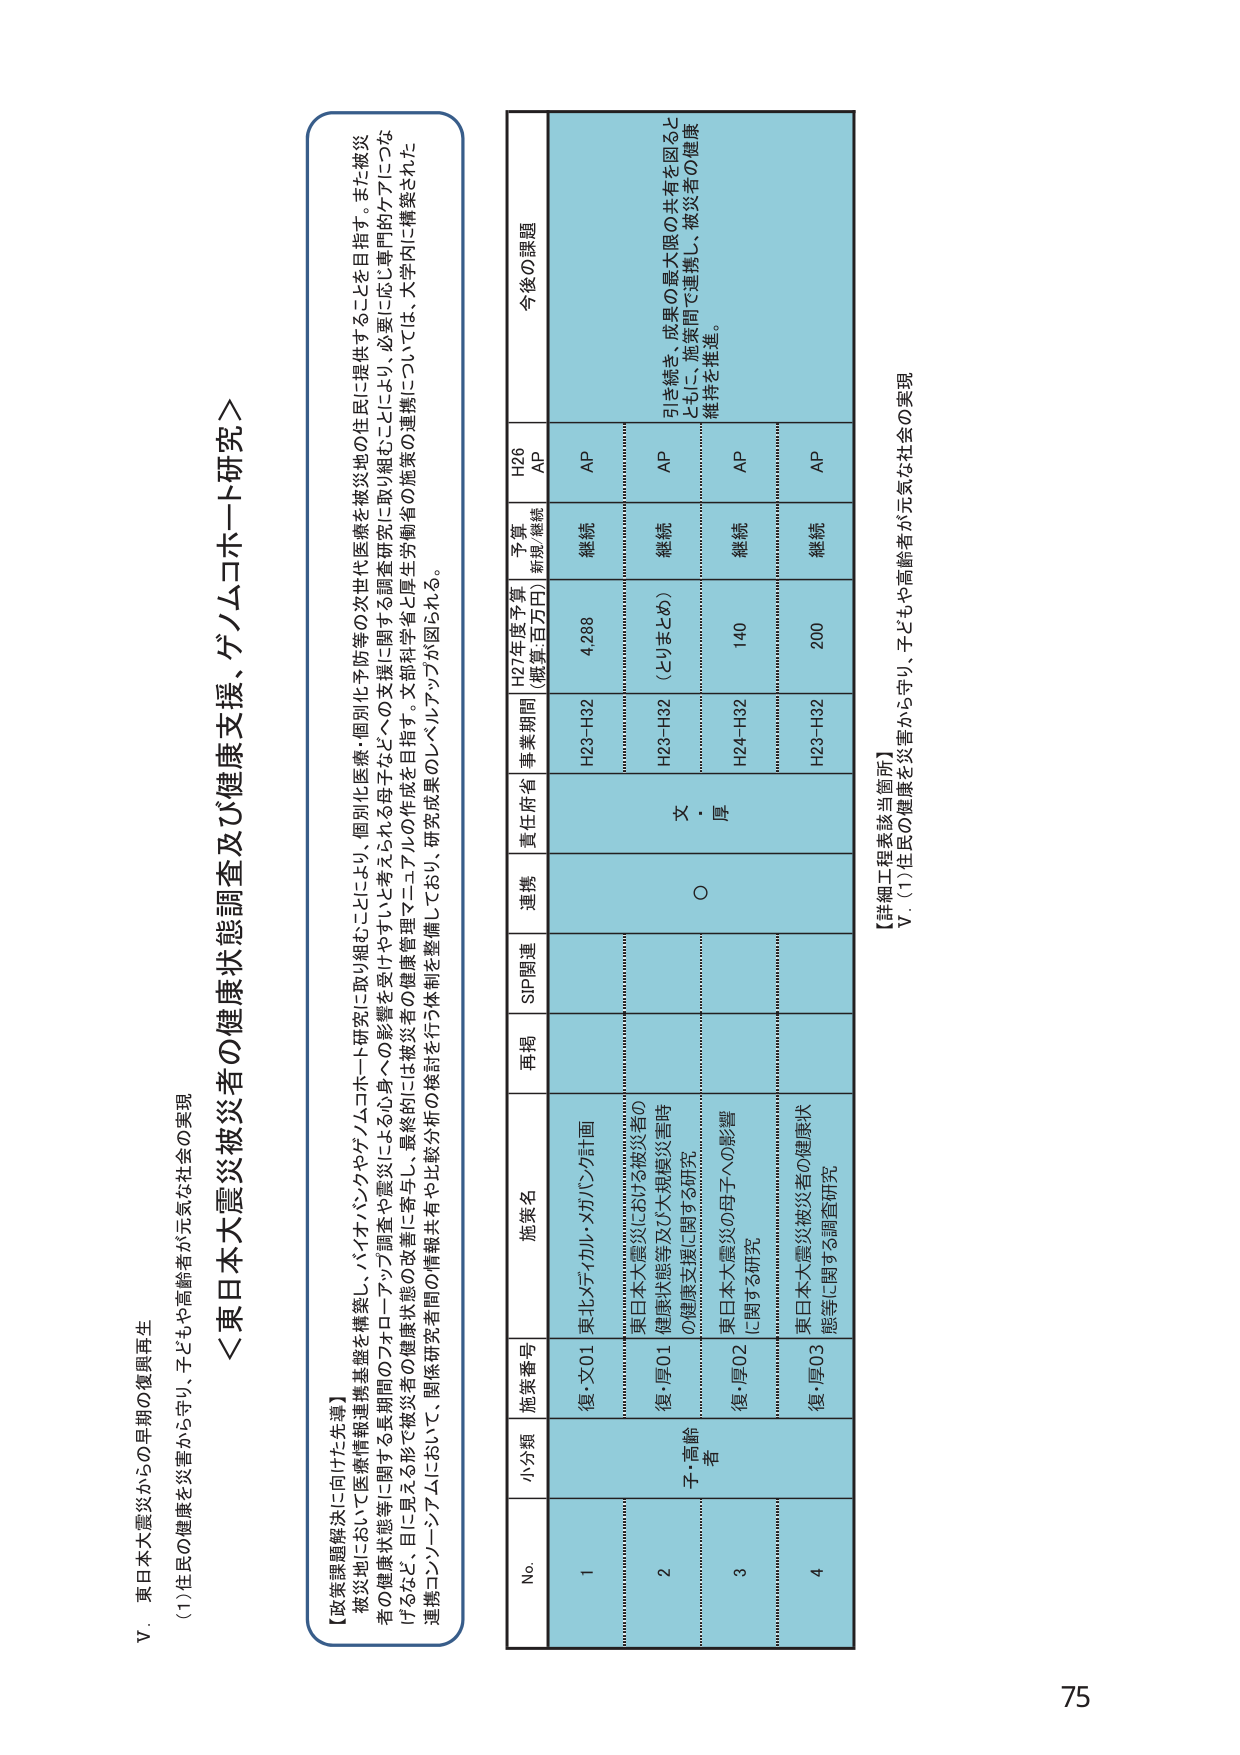
V. 東日本大震災からの早期の復興再生
(1) 住民の健康を災害から守り、子どもや高齢者が元気な社会の実現

＜東日本大震災被災者の健康状態調査及び健康支援、ゲノムコホート研究＞

【政策課題解決に向けた先導】
被災地において医療情報連携基盤を構築し、バイオバンクやゲノムコホート研究に取り組むことにより、個別化医療・個別化予防等の次世代医療を被災地の住民に提供することを目指す。また被災者の健康状態等に関する長期間のフォローアップ調査や被災者受けやされる心身への影響を受けて、最終的には被災者の健康管理マニュアルの作成を目指す。文部科学省と厚生労働省の連携については、大学内に構築された連携コンソーシアムにおいて、関係研究者間の情報共有や比較分析の検討を行う体制を整備しており、研究成果のレベルアップが図られる。

No. 小分類 施策番号 施策名 再掲 SIP関連 連携 責任府省 事業期間 H27年度予算（概算：百万円） 予算新規・継続 H26 AP 今後の課題
1 復・文01 東北メディカル・メガバンク計画 H23-H32 4,288 継続 AP
2 子・高齢者 復・厚01 東日本大震災における被災者の健康状態等及び大規模災害時の健康支援に関する研究 文・厚 H23-H32 （とりまとめ） 4,288 継続 AP
3 復・厚02 東日本大震災の母子への影響に関する研究 H24-H32 140 継続 AP
4 復・厚03 東日本大震災被災者の健康状態等に関する調査研究 H23-H32 200 継続 AP

【詳細工程表該当箇所】
V. (1) 住民の健康を災害から守り、子どもや高齢者が元気な社会の実現

75